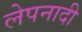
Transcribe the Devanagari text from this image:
लेपनादी